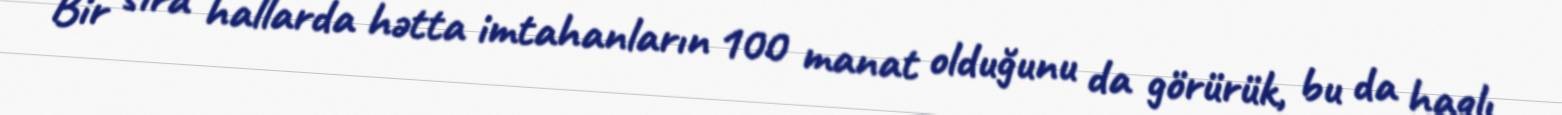
Bir sıra hallarda hətta imtahanların 100 manat olduğunu da görürük, bu da haqlı